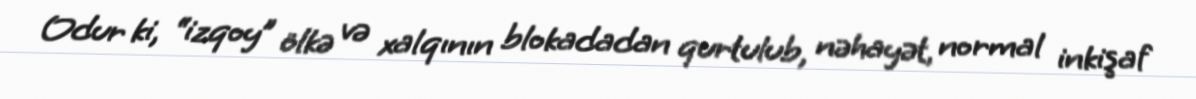
Odur ki, “izqoy” ölkə və xalqının blokadadan qurtulub, nəhayət, normal inkişaf